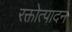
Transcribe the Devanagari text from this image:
रक्तोत्पादन